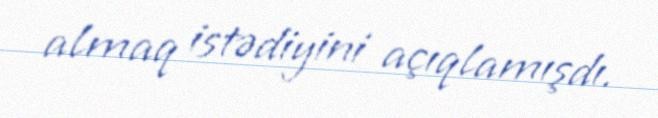
almaq istədiyini açıqlamışdı.